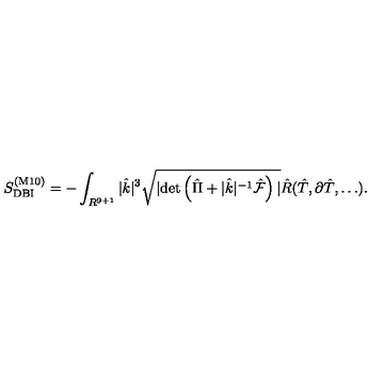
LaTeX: S _ { \mathrm { D B I } } ^ { ( \mathrm { M 1 0 } ) } = - \int _ { R ^ { 9 + 1 } } | { \hat { k } } | ^ { 3 } \sqrt { | \mathrm { d e t } \left( { \hat { \Pi } } + | { \hat { k } } | ^ { - 1 } { \hat { \cal F } } \right) | } { \hat { R } } ( { \hat { T } } , \partial { \hat { T } } , \dots ) .